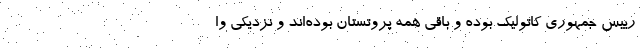
رییس جمهوری کاتولیک بوده و باقی همه پروتستان بوده‌اند و نزدیکی وا